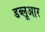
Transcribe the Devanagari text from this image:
डब्लूआर